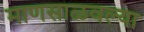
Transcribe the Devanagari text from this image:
माणसाळवल्या